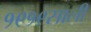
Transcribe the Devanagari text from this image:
१९१९साली